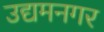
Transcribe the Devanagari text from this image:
उद्यमनगर